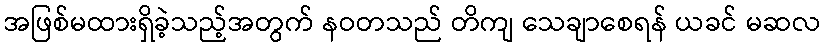
အဖြစ်မထားရှိခဲ့သည့်အတွက် နဝတသည် တိကျ သေချာစေရန် ယခင် မဆလ